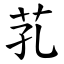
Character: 芤